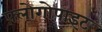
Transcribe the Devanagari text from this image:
फ़्लोगोपाइट